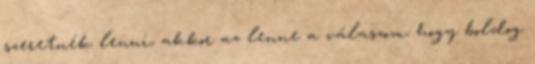
szeretnék lenni, akkor az lenne a válaszom, hogy boldog